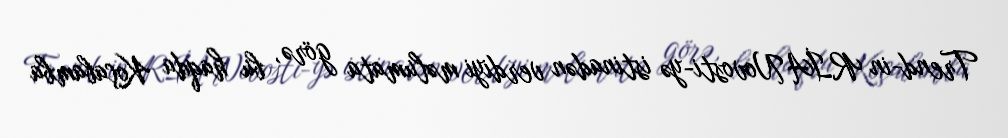
Trend-in RİA Novosti-yə istinadən verdiyi məlumata görə, bu haqda Koçabamba